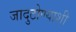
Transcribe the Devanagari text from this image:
जादुटोण्याशी